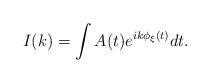
LaTeX: \begin{align*}I(k) = \int A(t)e^{i k \phi_\xi(t)}dt.\end{align*}